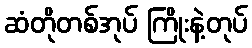
ဆံတိုတစ်အုပ် ကြိုးနဲ့တုပ်